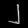
Digit: ၂